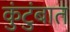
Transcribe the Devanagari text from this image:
कुंटुंबात